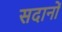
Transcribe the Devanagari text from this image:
सदानों